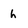
Character: h